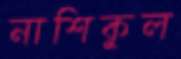
নাশিকুল